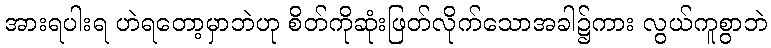
အားရပါးရ ဟဲရတော့မှာဘဲဟု စိတ်ကိုဆုံးဖြတ်လိုက်သောအခါ၌ကား လွယ်ကူစွာဘဲ